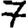
Digit: 7